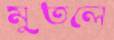
মুতলে